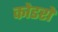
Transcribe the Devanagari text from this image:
कोडरों